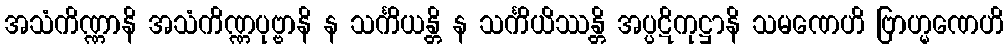
အသံကိဏ္ဏာနိ အသံကိဏ္ဏပုဗ္ဗာနိ န သင်္ကိယန္တိ န သင်္ကိယိဿန္တိ အပ္ပဋိကုဋ္ဌာနိ သမဏေဟိ ဗြာဟ္မဏေဟိ